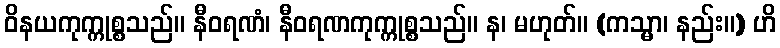
ဝိနယကုက္ကုစ္စသည်။ နီဝရဏံ၊ နီဝရဏကုက္ကုစ္စသည်။ န၊ မဟုတ်။ (ကသ္မာ၊ နည်း။) ဟိ